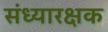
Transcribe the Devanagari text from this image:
संध्यारक्षक